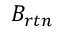
B _ { r t n }